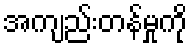
အကျည်းတန်မှုကို